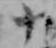
十